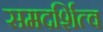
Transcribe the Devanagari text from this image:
समदर्शित्व